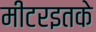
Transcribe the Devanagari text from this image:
मीटरइतके